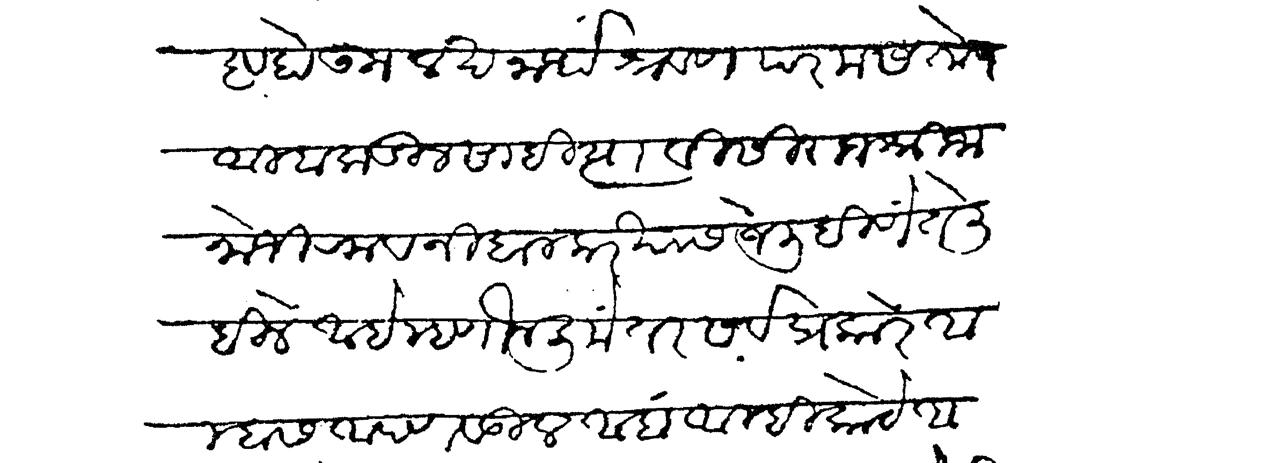
Transliteration (Devanagari): ष्ट होऊन लखनार्थ श्रवण परम संतोष आम्हाकडील साहित्याविसी राजश्री जानोजीराव निंबालकर यास जे लिहिणें ते लिहिले आहे म्हणोन लिा तर सर्वप्रकारे आम्हास आपण वडील आहां आम्ही कोठें आ